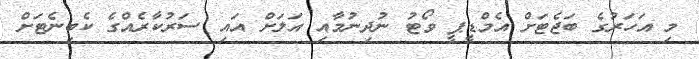
މި އަހަރުގެ ބަޖެޓަށް އެމްޑީޕީ ވޯޓު ނުދިނުމާއި އަލަށް އައި ސަރުކާރެއްގެ ކެބިނެޓަށް